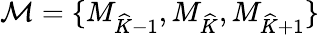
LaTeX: \mathcal{M}=\{ M_{\widehat{K}-1},M_{\widehat{K}},M_{\widehat{K}+1}\}